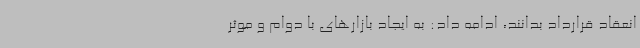
انعقاد قرارداد بدانند، ادامه داد: به ایجاد بازارهای با دوام و موثر